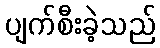
ပျက်စီးခဲ့သည်